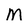
Character: M